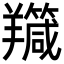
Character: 𦏣